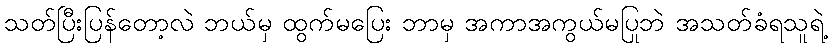
သတ်ပြီးပြန်တော့လဲ ဘယ်မှ ထွက်မပြေး ဘာမှ အကာအကွယ်မပြုဘဲ အသတ်ခံရသူရဲ့